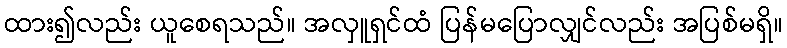
ထား၍လည်း ယူစေရသည်။ အလှူရှင်ထံ ပြန်မပြောလျှင်လည်း အပြစ်မရှိ။